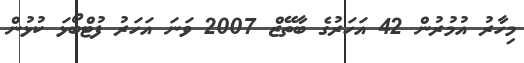
މިހާރު އުމުރުން 42 އަހަރުގެ ބާތޭޒް 2007 ވަނަ އަހަރު ފުޓްބޯޅަ ކުޅުން